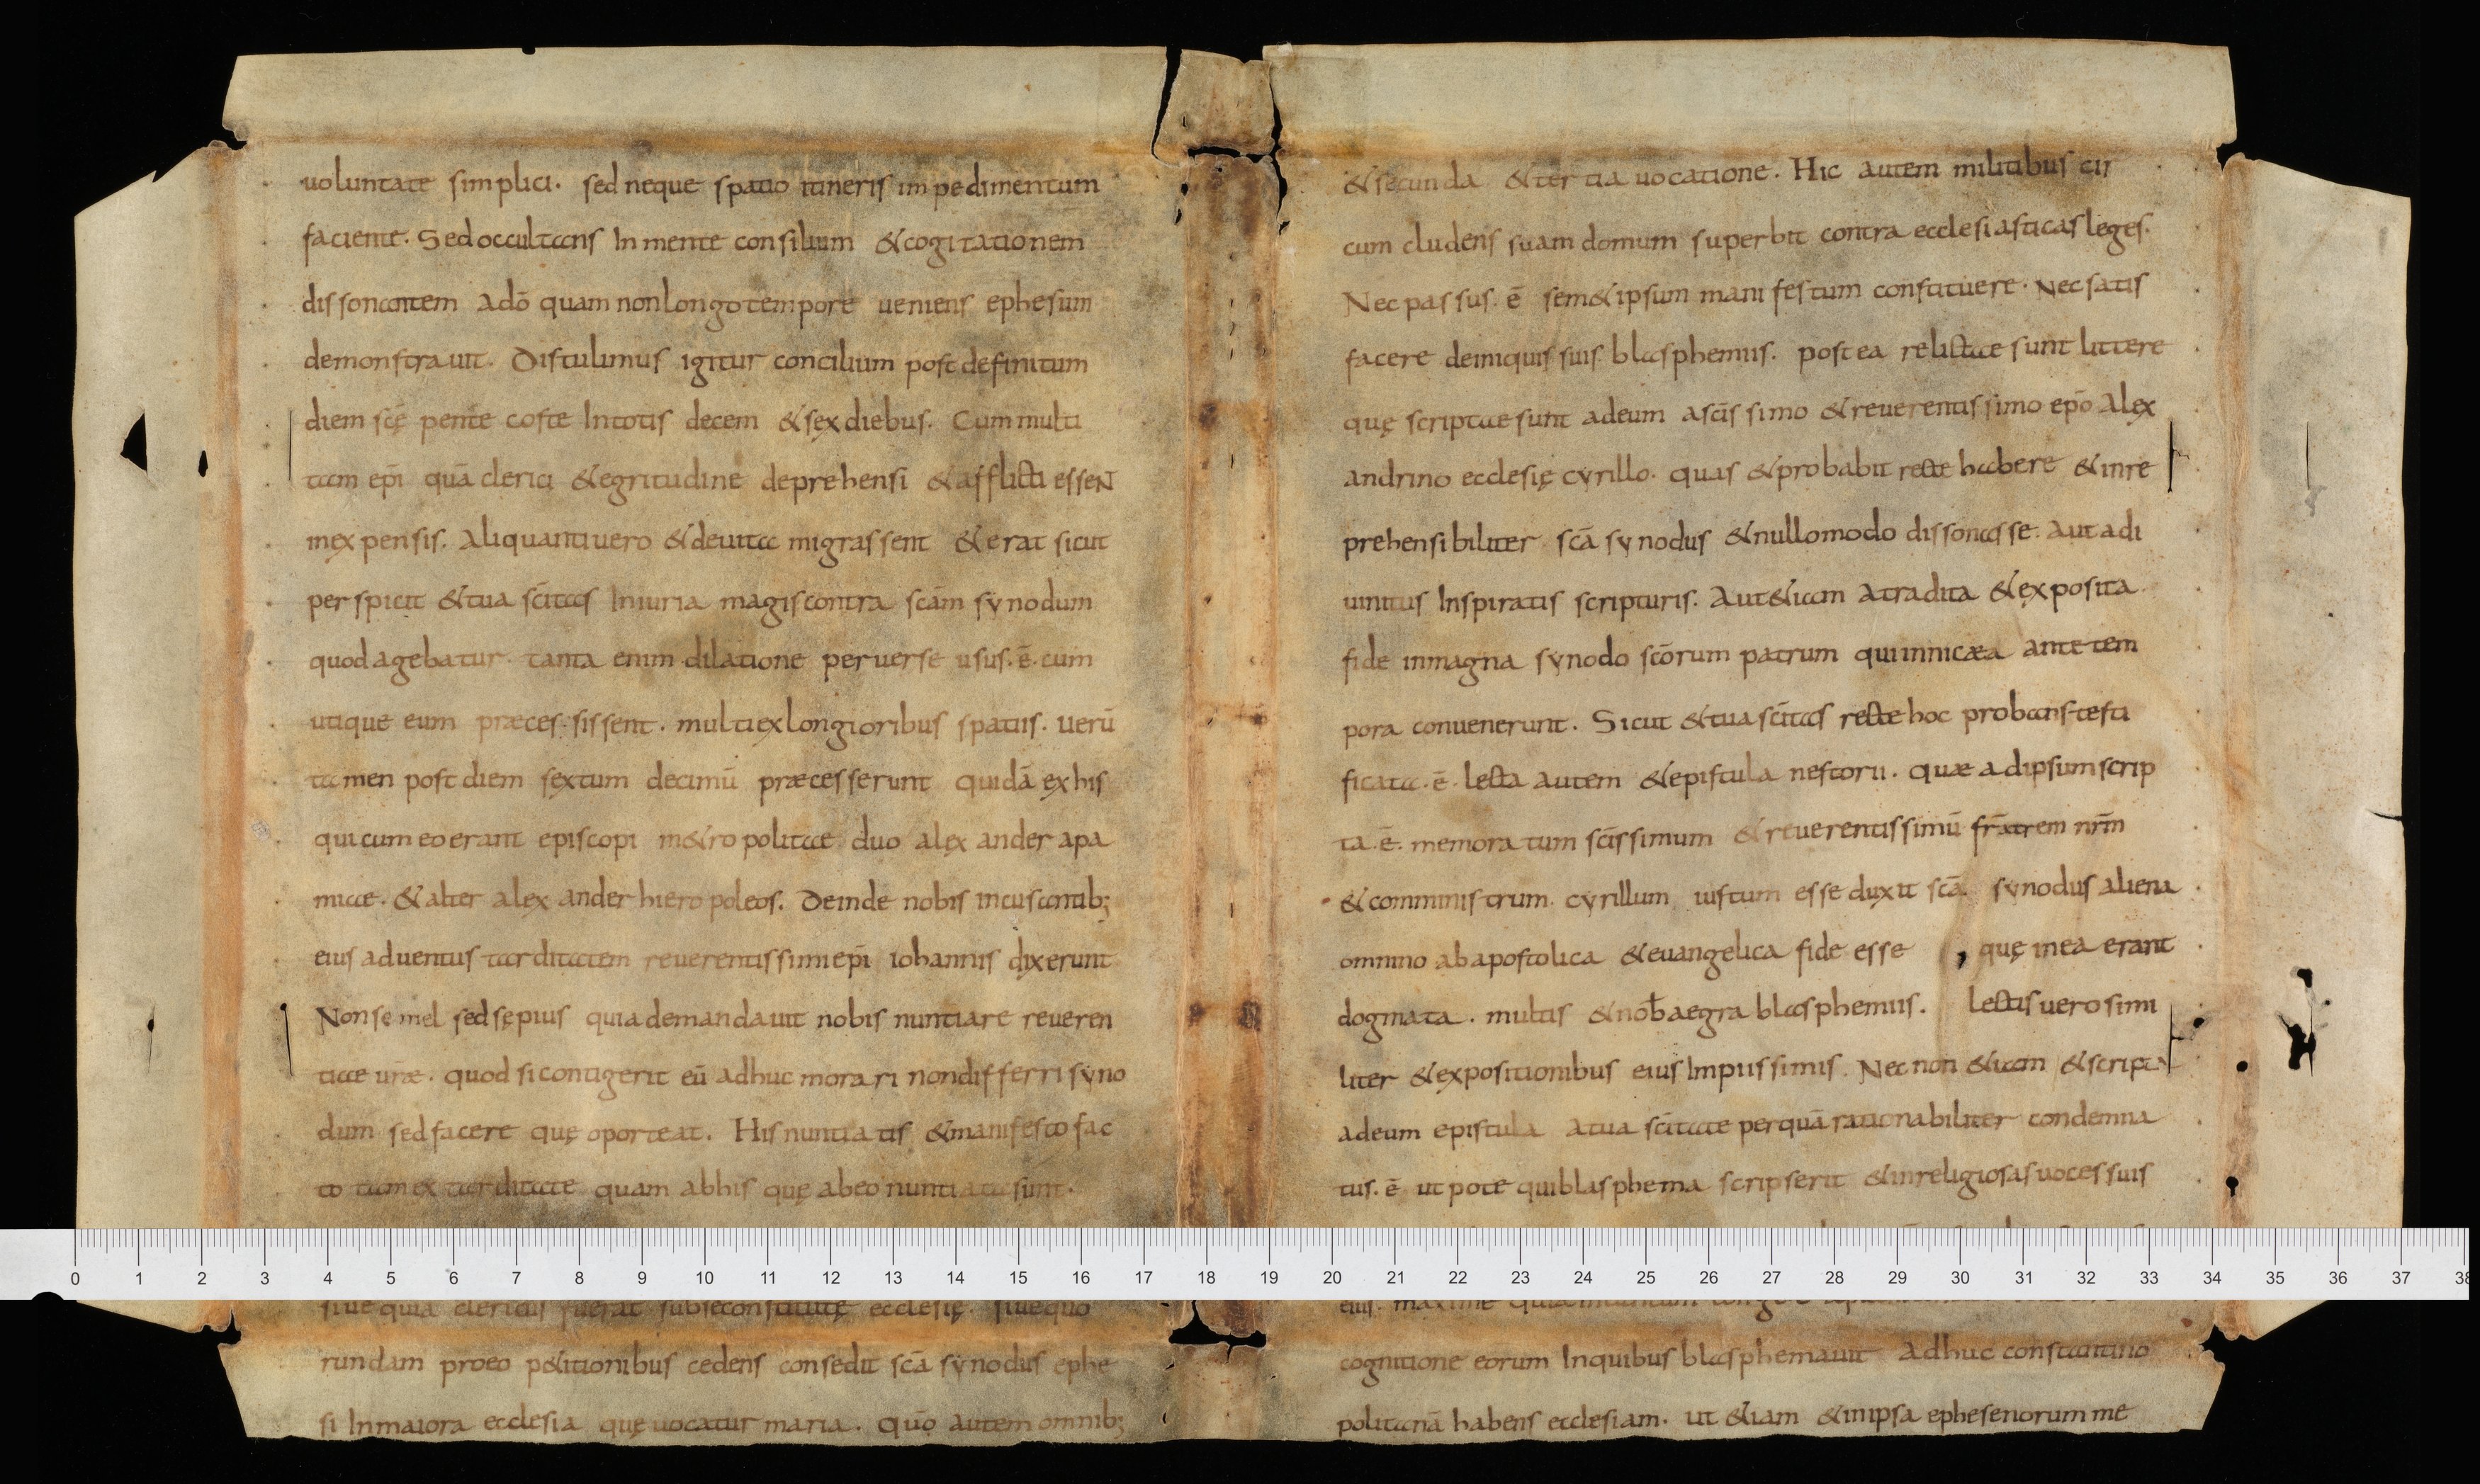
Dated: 834–865